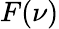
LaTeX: F(\nu)